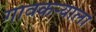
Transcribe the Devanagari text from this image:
गावकर्‍याला